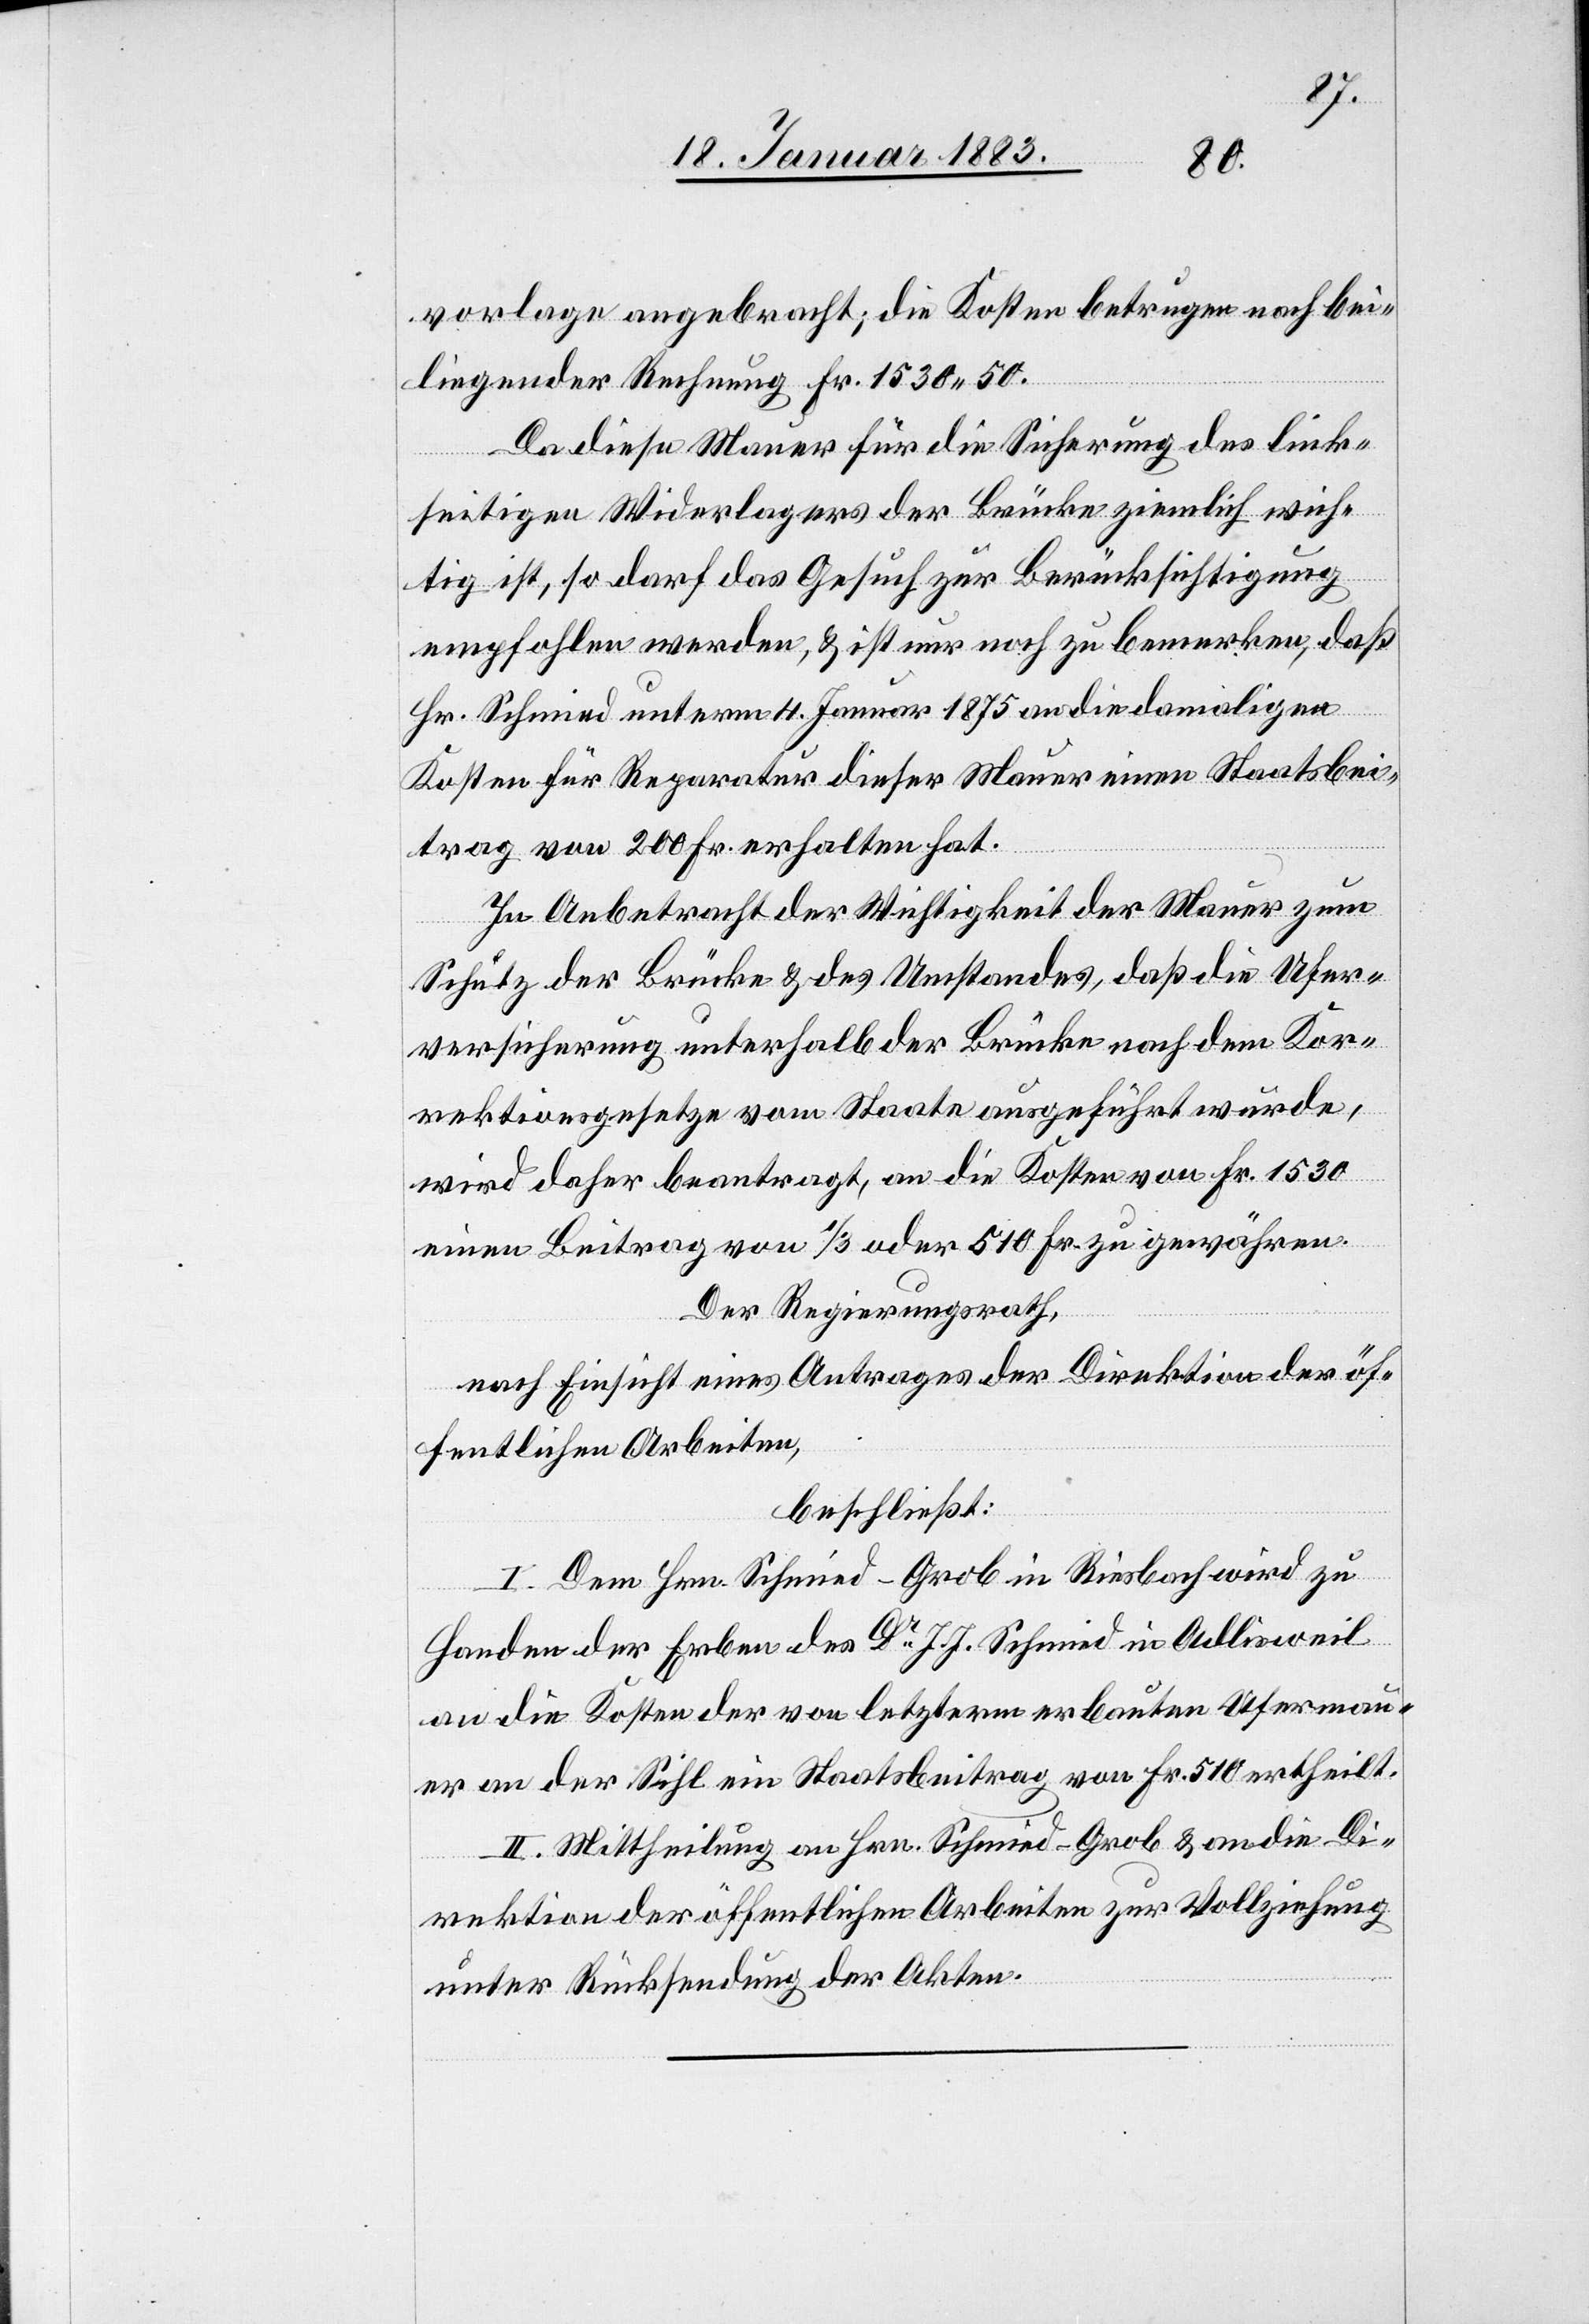
vorlage angebracht; die Kosten betrugen nach bei¬
liegender Rechnung Fr. 1530.50.
Da diese Mauer für die Sicherung des link¬
seitigen Widerlagers der Brücke ziemlich wich¬
tig ist, so darf das Gesuch zur Berücksichtigung
empfohlen werden, & ist nur noch zu bemerken, daß
Hr. Schmied unterm 4. Januar 1875 an die damaligen
Kosten für Reparatur dieser Mauer einen Staatsbei¬
trag von 200 Fr. erhalten hat.
In Anbetracht der Wichtigkeit der Mauer zum
Schutz der Brücke & des Umstandes, daß die Ufer¬
versicherung unterhalb der Brücke nach dem Kor¬
rektionsgesetze vom Staate ausgeführt wurde,
wird daher beantragt, an die Kosten von Fr. 1530
einen Beitrag von 1/3 oder 510 Fr. zu gewähren.
Der Regierungsrath,
nach Einsicht eines Antrages der Direktion der öf¬
fentlichen Arbeiten,
beschließt:
I. Dem Hrn. Schmied-Grob in Riesbach wird zu
Handen der Erben des Dr J. J. Schmied in Adlisweil
an die Kosten der von letzterm erbauten Ufermau¬
er an der Sihl ein Staatsbeitrag von Fr. 510 ertheilt.
II. Mittheilung an Hrn. Schmied-Grob & an die Di¬
rektion der öffentlichen Arbeiten zur Vollziehung
unter Rücksendung der Akten.